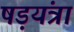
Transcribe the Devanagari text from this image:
षड़यंत्रा